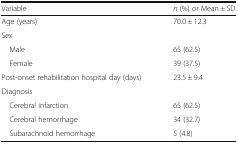
| Variable | n (%) or Mean ± SD |
 | --- | --- |
 | Age (years) | 70.0 ± 12.3 |
 | <COLSPAN=2> Sex |
 | Male | 65 (62.5) |
 | Female | 39 (37.5) |
 | Post-onset rehabilitation hospital day (days) | 23.5 ± 9.4 |
 | <COLSPAN=2> Diagnosis |
 | Cerebral infarction | 65 (62.5) |
 | Cerebral hemorrhage | 34 (32.7) |
 | Subarachnoid hemorrhage | 5 (4.8) |